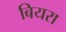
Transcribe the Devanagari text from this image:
बियरा